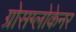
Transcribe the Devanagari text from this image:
ग्रोसग्लोकेनर